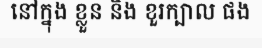
នៅក្នុង ខ្លួន និង ខួរក្បាល ផង